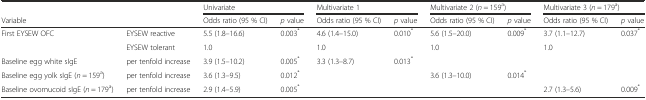
<table><thead><tr><td></td><td rowspan="2"></td><td colspan="2"><b>Univariate</b></td><td colspan="2"><b>Multivariate 1</b></td><td colspan="2"><b>Multivariate 2 (<i>n</i> = 159<sup>a</sup>)</b></td><td colspan="2"><b>Multivariate 3 (<i>n</i> = 179<sup>a</sup>)</b></td></tr><tr><td><b>Variable</b></td><td><b>Odds ratio (95 % CI)</b></td><td><b><i>p</i> value</b></td><td><b>Odds ratio (95 % CI)</b></td><td><b><i>p</i> value</b></td><td><b>Odds ratio (95 % CI)</b></td><td><b><i>p</i> value</b></td><td><b>Odds ratio (95 % CI)</b></td><td><b><i>p</i> value</b></td></tr></thead><tbody><tr><td>First EYSEW OFC</td><td>EYSEW reactive</td><td>5.5 (1.8–16.6)</td><td>0.003<sup>*</sup></td><td>4.6 (1.4–15.0)</td><td>0.010<sup>*</sup></td><td>5.6 (1.5–20.0)</td><td>0.009<sup>*</sup></td><td>3.7 (1.1–12.7)</td><td>0.037<sup>*</sup></td></tr><tr><td></td><td>EYSEW tolerant</td><td>1.0</td><td></td><td>1.0</td><td></td><td>1.0</td><td></td><td>1.0</td><td></td></tr><tr><td>Baseline egg white sIgE</td><td>per tenfold increase</td><td>3.9 (1.5–10.2)</td><td>0.005<sup>*</sup></td><td>3.3 (1.3–8.7)</td><td>0.013<sup>*</sup></td><td></td><td></td><td></td><td></td></tr><tr><td>Baseline egg yolk sIgE (<i>n</i> = 159<sup>a</sup>)</td><td>per tenfold increase</td><td>3.6 (1.3–9.5)</td><td>0.012<sup>*</sup></td><td></td><td></td><td>3.6 (1.3–10.0)</td><td>0.014<sup>*</sup></td><td></td><td></td></tr><tr><td>Baseline ovomucoid sIgE (<i>n</i> = 179<sup>a</sup>)</td><td>per tenfold increase</td><td>2.9 (1.4–5.9)</td><td>0.005<sup>*</sup></td><td></td><td></td><td></td><td></td><td>2.7 (1.3–5.6)</td><td>0.009<sup>*</sup></td></tr></tbody></table>